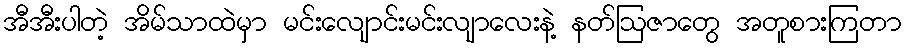
အီအီးပါတဲ့ အိမ်သာထဲမှာ မင်းလျောင်းမင်းလျာလေးနဲ့ နတ်ဩဇာတွေ အတူစားကြတာ